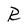
Character: R